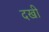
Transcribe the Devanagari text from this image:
दखी